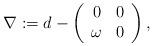
LaTeX: \begin{align*}\nabla := d-\left( \begin{array}{cc} 0 & 0 \\ \omega & 0 \end{array} \right) ,\end{align*}